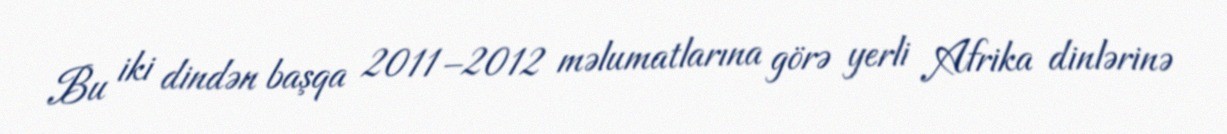
Bu iki dindən başqa 2011–2012 məlumatlarına görə yerli Afrika dinlərinə